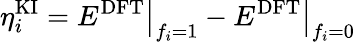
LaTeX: \eta_{i}^{\mathrm{KI}}=\left.E^{\mathrm{DFT}}\right|_{f_{i}=1}-\left.E^{\mathrm{DFT}}\right|_{f_{i}=0}